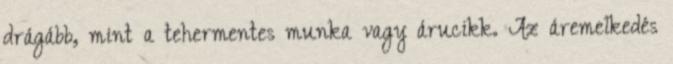
drágább, mint a tehermentes munka vagy árucikk. Az áremelkedés